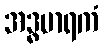
အဒ္ဓမာရကံ